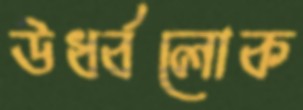
ঊর্ধ্বলোক